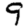
Digit: 9